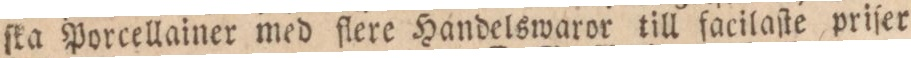
ſka Porcellainer med flere Handelswaror till facilaſte priſer